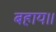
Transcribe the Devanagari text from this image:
बहाय॥